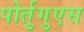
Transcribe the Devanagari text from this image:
पोर्तुगुएस